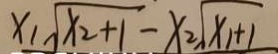
x _ { 1 } \sqrt { x _ { 2 } + 1 } - x _ { 2 } \sqrt { x 1 + 1 }